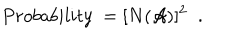
LaTeX: P r o b a b i l i t y \; = [ N ( { \cal A } ) ] ^ { 2 } \; \; .